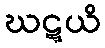
ဃဋ္ဋယိ